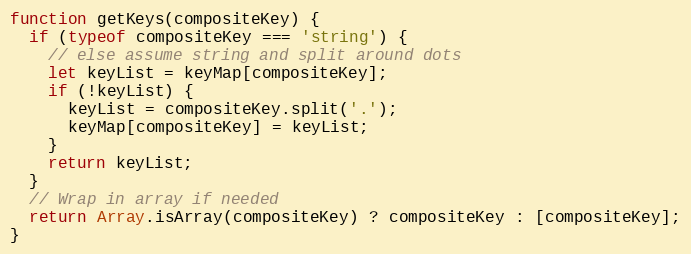
Language: JavaScript
function getKeys(compositeKey) {
  if (typeof compositeKey === 'string') {
    // else assume string and split around dots
    let keyList = keyMap[compositeKey];
    if (!keyList) {
      keyList = compositeKey.split('.');
      keyMap[compositeKey] = keyList;
    }
    return keyList;
  }
  // Wrap in array if needed
  return Array.isArray(compositeKey) ? compositeKey : [compositeKey];
}